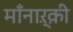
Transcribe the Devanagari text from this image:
मॉंनाऱ्क़़ी